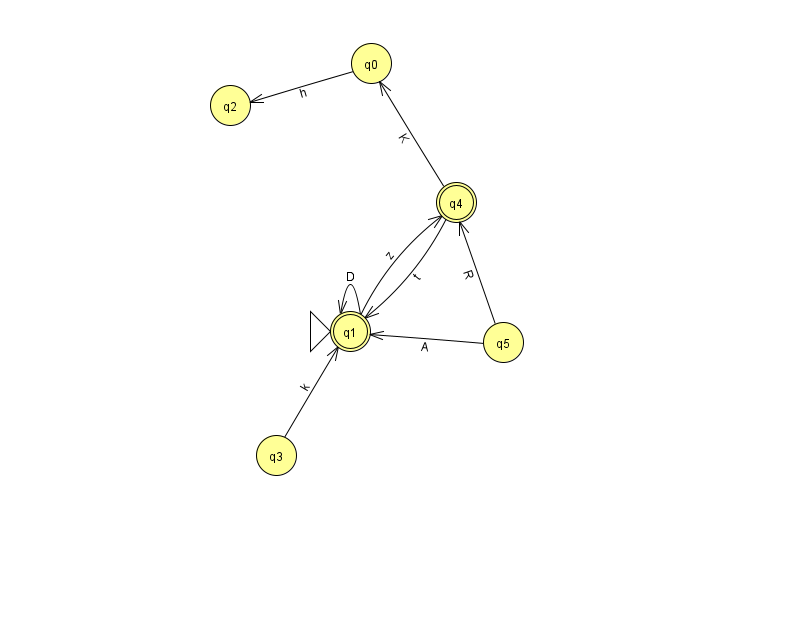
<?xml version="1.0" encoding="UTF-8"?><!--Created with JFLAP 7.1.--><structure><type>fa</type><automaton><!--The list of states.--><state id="0" name="q0"><x>371.0</x><y>50.0</y></state><state id="1" name="q1"><x>350.0</x><y>318.0</y><initial/><final/></state><state id="2" name="q2"><x>230.0</x><y>92.0</y></state><state id="3" name="q3"><x>276.0</x><y>442.0</y></state><state id="4" name="q4"><x>456.0</x><y>189.0</y><final/></state><state id="5" name="q5"><x>503.0</x><y>329.0</y></state><!--The list of transitions.--><transition><from>1</from><to>4</to><read>z</read></transition><transition><from>1</from><to>1</to><read>D</read></transition><transition><from>4</from><to>0</to><read>K</read></transition><transition><from>5</from><to>4</to><read>R</read></transition><transition><from>3</from><to>1</to><read>k</read></transition><transition><from>4</from><to>1</to><read>t</read></transition><transition><from>5</from><to>1</to><read>A</read></transition><transition><from>0</from><to>2</to><read>h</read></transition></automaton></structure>